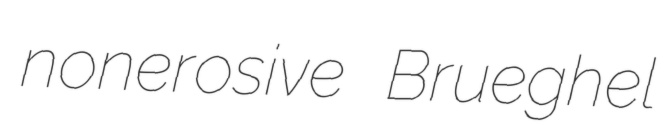
nonerosive Brueghel